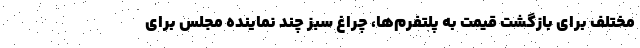
مختلف برای بازگشت قیمت به پلتفرم‌ها، چراغ سبز چند نماینده مجلس برای